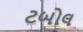
ટબોલ